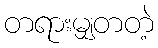
တရားမျှတတဲ့